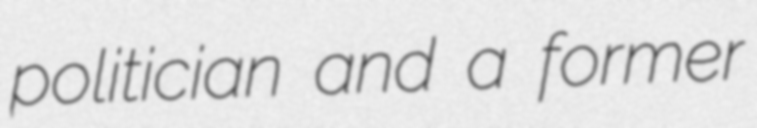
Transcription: politician and a former